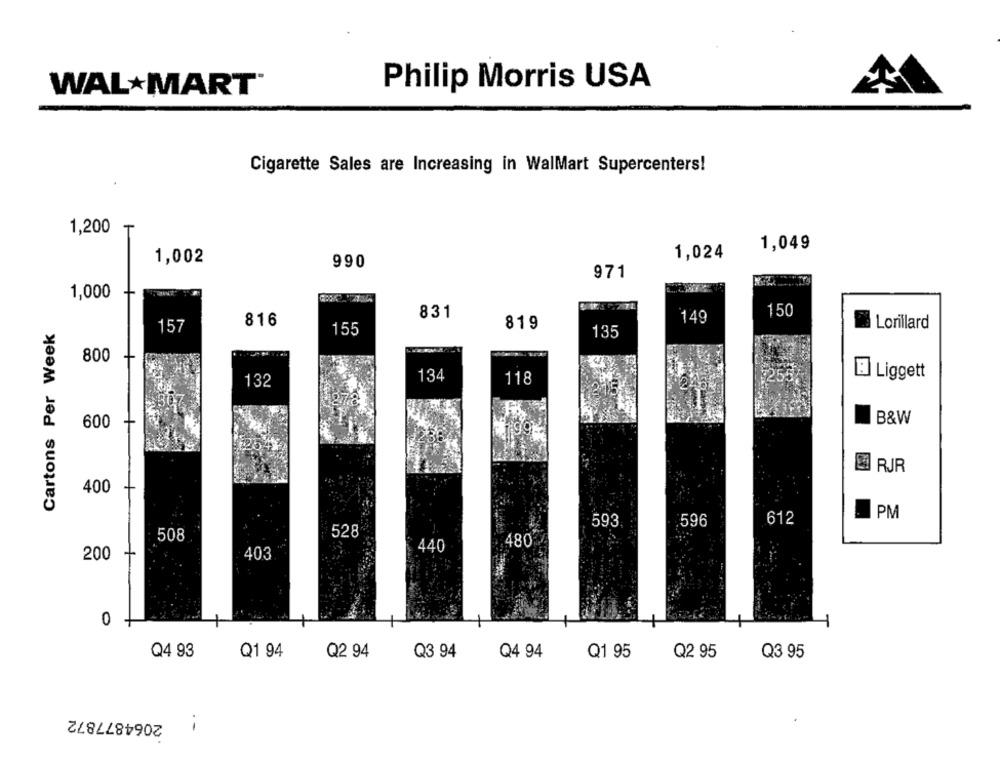
Philip Morris USA
WAL MART®
Cigarette Sales are Increasing in WalMart Supercenters!
T
1,200
1,049
1,002
1,024
990
971
1,000
150
816
831
149
Cartons Per Week
157
819
Lorillard
155
135
800
DER
134
118
B Liggett
132
B&W
600
+
RJR
400
PM
593
596
612
528
508
440
480
200
403
0
Q4 93
Q1 94
Q2 94
Q3 94
Q4 94
Q1 95
Q2 95
Q3 95
2064877872
.-